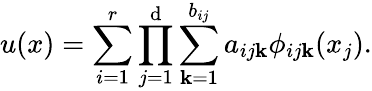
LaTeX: u(x)=\sum_{i=1}^{r}\prod_{j=1}^{\mathrm{d}}\sum_{\mathbf{k}=1}^{b_{ij}}a_{ij\mathbf{k}}\phi_{ij\mathbf{k}}(x_{j}).